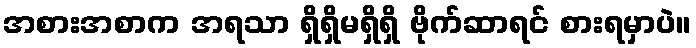
အစားအစာက အရသာ ရှိရှိမရှိရှိ ဗိုက်ဆာရင် စားရမှာပဲ။